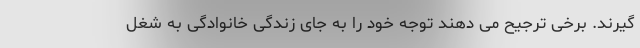
گیرند. برخی ترجیح می دهند توجه خود را به جای زندگی خانوادگی به شغل